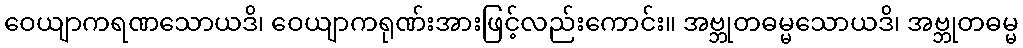
ဝေယျာကရဏသောယဒိ၊ ဝေယျာကရုဏ်းအားဖြင့်လည်းကောင်း။ အဗ္ဘုတဓမ္မသောယဒိ၊ အဗ္ဘုတဓမ္မ